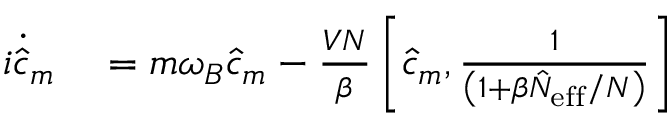
\begin{array} { r l } { i \dot { \hat { c } } _ { m } } & { { } = m \omega _ { B } \hat { c } _ { m } - \frac { V N } { \beta } \left[ \hat { c } _ { m } , \frac { 1 } { \left( 1 + \beta \hat { N } _ { \mathrm { e f f } } / N \right) } \right] } \end{array}